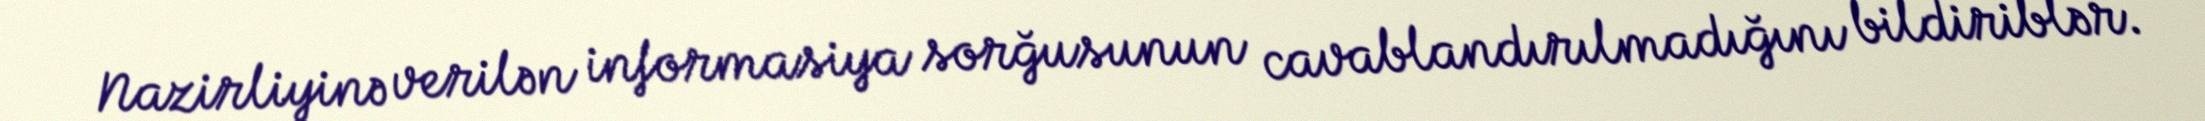
Nazirliyinə verilən informasiya sorğusunun cavablandırılmadığını bildiriblər.